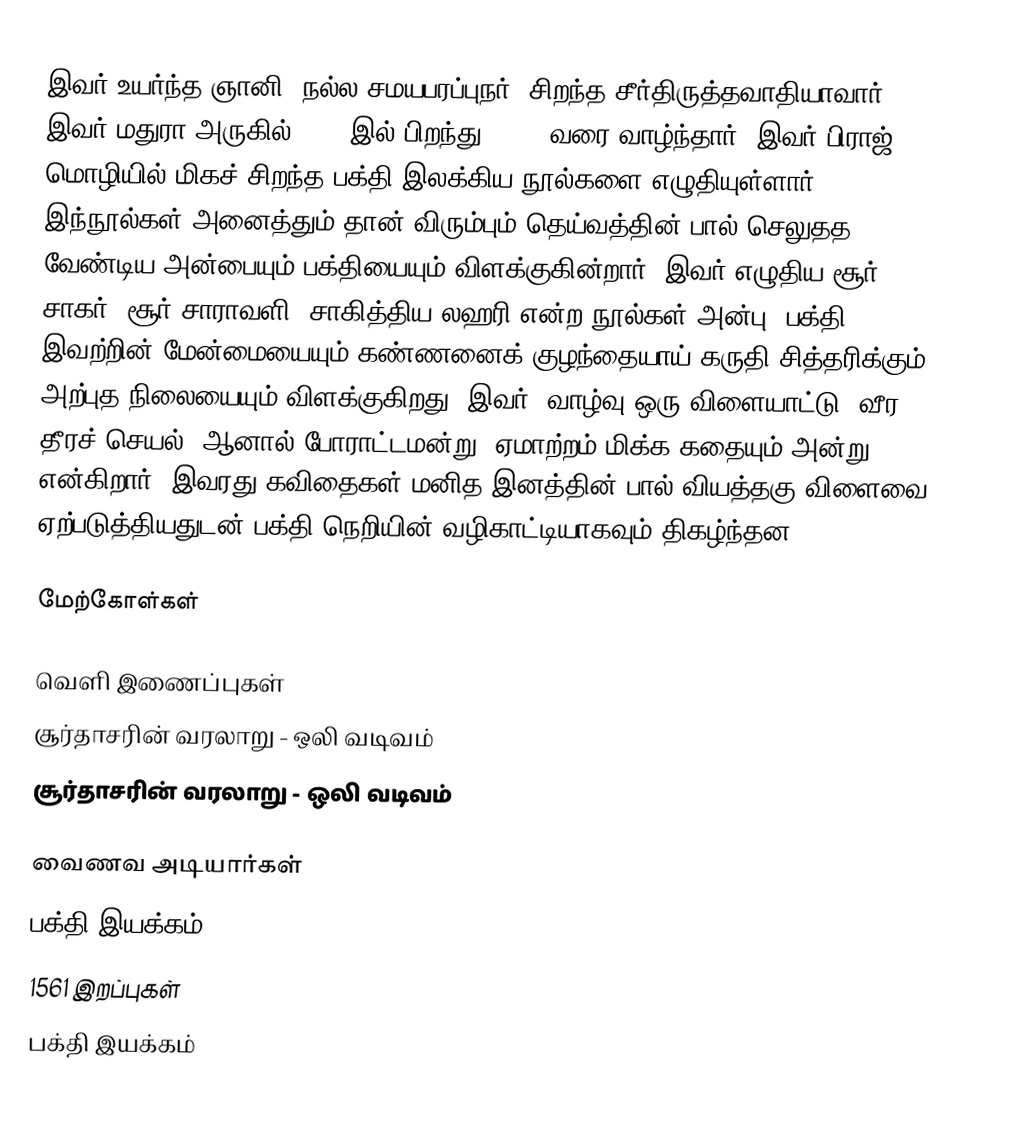
இவர் உயர்ந்த ஞானி, நல்ல சமயபரப்புநர், சிறந்த சீர்திருத்தவாதியாவார். இவர் மதுரா அருகில் 1478-இல் பிறந்து, 1581 வரை வாழ்ந்தார். இவர் பிராஜ் மொழியில் மிகச் சிறந்த பக்தி இலக்கிய நூல்களை எழுதியுள்ளார். இந்நூல்கள் அனைத்தும் தான் விரும்பும் தெய்வத்தின் பால் செலுதத வேண்டிய அன்பையும் பக்தியையும் விளக்குகின்றார். இவர் எழுதிய சூர் சாகர், சூர் சாராவளி, சாகித்திய லஹரி   என்ற நூல்கள் அன்பு, பக்தி இவற்றின் மேன்மையையும் கண்ணனைக் குழந்தையாய் கருதி சித்தரிக்கும் அற்புத நிலையையும் விளக்குகிறது. இவர் “வாழ்வு ஒரு விளையாட்டு, வீர தீரச் செயல், ஆனால் போராட்டமன்று; ஏமாற்றம் மிக்க கதையும் அன்று” என்கிறார். இவரது கவிதைகள் மனித இனத்தின் பால் வியத்தகு விளைவை ஏற்படுத்தியதுடன் பக்தி நெறியின் வழிகாட்டியாகவும் திகழ்ந்தன.

மேற்கோள்கள்

வெளி இணைப்புகள்
  சூர்தாசரின் வரலாறு - ஒலி வடிவம்
 சூர்தாசரின் வரலாறு - ஒலி வடிவம்

வைணவ அடியார்கள்
பக்தி இயக்கம்
1561 இறப்புகள்
பக்தி இயக்கம்